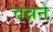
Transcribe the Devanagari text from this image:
चन्नने